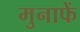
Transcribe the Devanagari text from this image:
मुनाफें